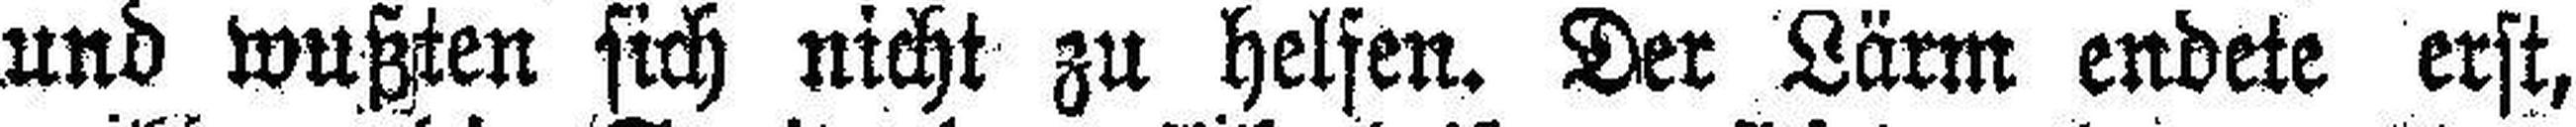
und wußten sich nicht zu helfen. Der Lärm endete erst,